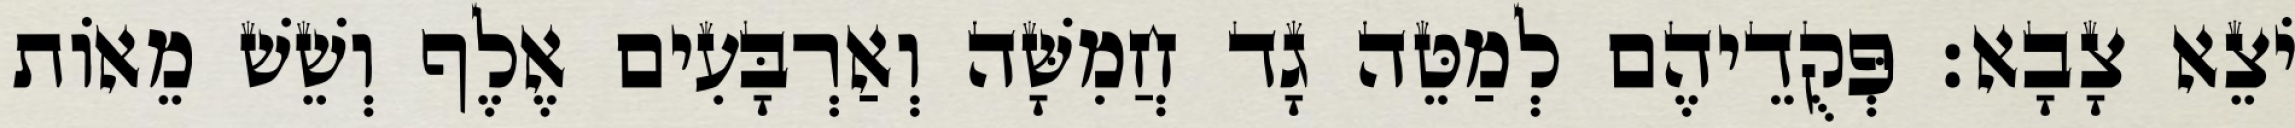
יֹצֵא צָבָא׃ פְּקֻדֵיהֶם לְמַטֵּה גָד חֲמִשָּׁה וְאַרְבָּעִים אֶלֶף וְשֵׁשׁ מֵאוֹת